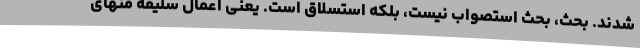
شدند. بحث، بحث استصواب نیست، بلکه استسلاق است. یعنی اعمال سلیقه منهای